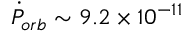
\dot { P } _ { o r b } \sim 9 . 2 \times 1 0 ^ { - 1 1 }